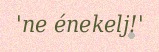
'ne énekelj!'